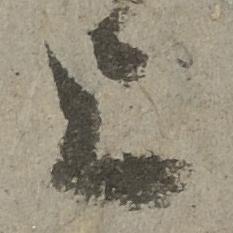
上